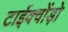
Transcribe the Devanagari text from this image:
टाईक्वोंड़ो